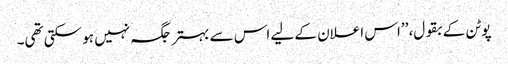
پوٹن کے بقول، ’’اس اعلان کے لیے اس سے بہتر جگہ نہیں ہو سکتی تھی۔